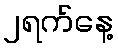
၂ရက်နေ့